Report on enteric fever
Disease focus: Fever
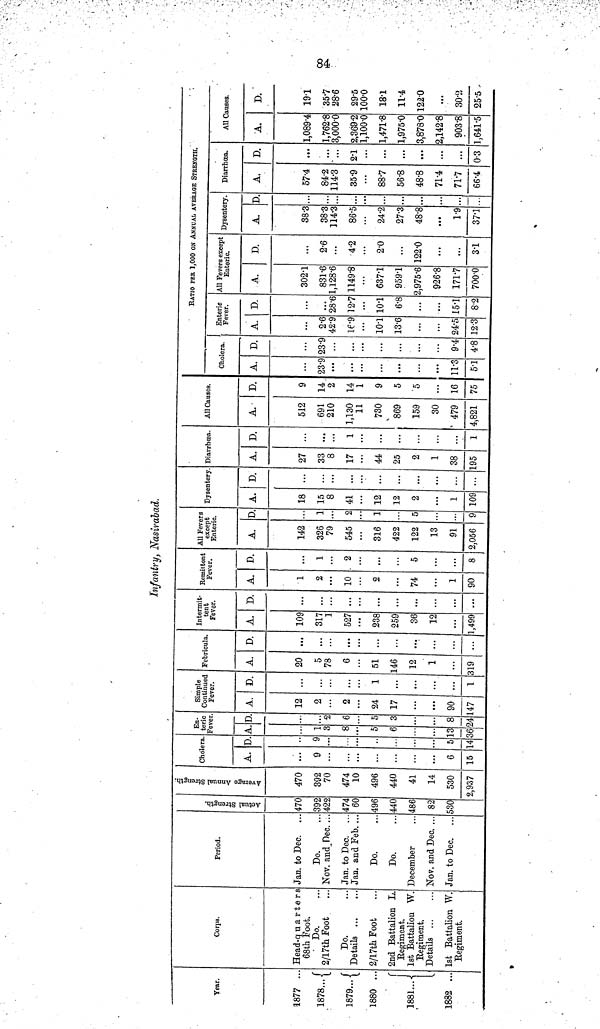
84
Infantry, Nasirabad.
Year.
1877 ...
1878...
1879...
1880 ...
1881...
1882 ...
Corps.
Head-quarters
68th Foot.
Do.
2/17th Foot
Do.
Details
2/17th Foot
2nd Battalion L.
Regiment.
1st Battalion W.
Regiment.
Details
1st Battalion W.
Regiment.
Period.
Jan. to Dec.
Do.
Nov. and Dec. ...
Jan. to Dec.
Jan. and Feb. ...
Do.
Do.
December
Nov. and Dec. ...
Jan. to Dec.
Actual Strength.
470
392
422
474
60
496
440
486
82
530
Average Annual Strength.
470
392
70
474
10
496
440
41
14
530
2,937
Cholera.
A.
9
...
...
...
6
15
D.
9
5
14
En-
teric
Fever.
A.
1
3
8
5
6
13
36
D.
2
6
5
3
8
24
Simple
Continued
Fever.
A.
12
2
...
2
24
17
90
147
D.
...
...
...
1
...
1
Febricula.
A.
20
5
V8
6
51
146
12
1
319
D.
...
...
...
...
...
...
Intermit-
tent
Fever.
A.
109
317
1
527
238
259
36
12
1,499
D.
...
...
...
...
...
...
Remittent
Fever.
A.
1
2
...
10
2
74
...
1
90
D.
...
i
...
2
...
5
...
...
8
All Fevers
except
Enteric.
A.
142
326
79
545
316
422
122
13
91
2,056
D.
1
2
1
5
...
9
Dysentery.
A.
18
15
8
41
12
12
2
...
1
109
D.
...
...
...
...
...
...
...
...
...
...
Diarrhœa.
A.
27
33
8
17
44
25
2
1
38
195
D.
...
...
...
1
...
...
...
...
1
All Causes.
A.
512
691
210
1,130
11
730
869
15.9
30
479
4,821
D.
9
14
2
14
1
9
5
5
16
75
RATIO PER 1,000 ON ANNUAL AVERAGE STRENGTH.
Cholera.
A.
23.9
...
...
...
11.3
51
D.
23.9
...
...
...
9.4
4.8
Enteric
Fever.
A.
2.6
42.9
16.9
101
13.6
24.5
12.3
D.
...
28.6
12.7
10.1
6.8
15.1
8.2
All Fevers except
Enteric.
A.
302.1
831.6
1,128.6
1149.8
637.1
959.1
2,975.6
926.8
171.7
700.0
D.
...
2.6
...
4.2
2.0
...
122.0
...
3.1
Dysentery.
A.
38.3
38.3
114.3
86.5
24.2
27.3
48.8
1.9
37.1
D.
...
...
...
...
...
...
...
Diarrhœa.
A.
57.4
84.2
114.3
35.9
88.7
56.8
48.8
71.4
71.7
66.4
D.
...
...
...
21
...
...
...
...
...
0.3
All Causes.
A.
1,089.4
1,762.8
3,000.0
2,369.2
1,100.0
1,471.8
1,975.0
3,878.0
2,142.8
903.8
1,641.5
D.
191
35.7
28.6
29.5
100.0
18.1
11.4
122.0
...
30.2
25.5